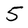
Character: 5